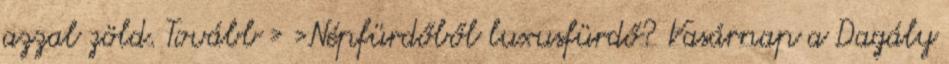
azzal zöld. Tovább › ›Népfürdőből luxusfürdő? Vasárnap a Dagály